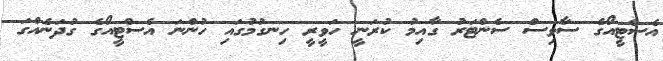
އެސްޓީއޯގެ ސާވިސް ސެންޓަރު ގާއިމު ކުރަނީ ހަވީރީ ހިނގުމުގައި ހުންނަ އެސްޓީއޯގެ ގުދަނެއްގަ